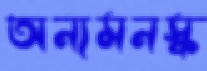
অন্যমনস্ক